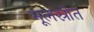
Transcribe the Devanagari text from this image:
मूलस्रोत